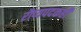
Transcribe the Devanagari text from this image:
रौप्यपदकही